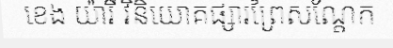
ខេង យ៉ារី វិនិយោគផ្សារព្រៃសណ្តែក